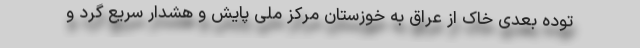
توده بعدی خاک از عراق به خوزستان مرکز ملی پایش و هشدار سریع گرد و